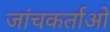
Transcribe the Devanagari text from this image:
जांचकर्ताओ